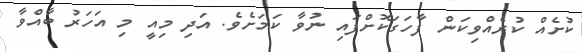
ކުށެއް ކުރެއްވިކަން ފާހަގަކޮށްފައި ނުވާ ކަމަށެވެ. އަދި މިއީ މި އަހަރު ބާއްވާ